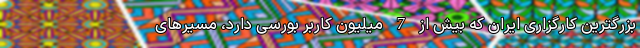
بزرگترین کارگزاری ایران که بیش از 7 میلیون کاربر بورسی دارد، مسیرهای